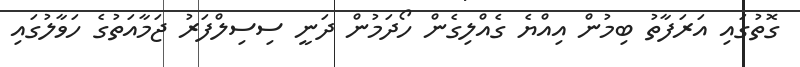
ގޮތުގައި އަރަފާތު ބިމުން އިއްޔެ ގެއްލިގެން ހޯދަމުން ދަނީ ސިސިލްފަރު ޖަމާއަތުގެ ހަވާލުގައި